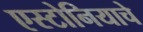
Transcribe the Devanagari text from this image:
एस्टोनियाचे